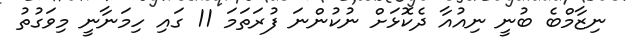
ނިޒާމްބެ ބުނީ ނިއުއާ ދެކޮޅަށް ނުކުންނަ ފުރަތަމަ 11 ގައި ހިމަނާނީ މިވަގުތު